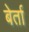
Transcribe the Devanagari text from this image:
बेर्ता